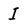
Character: I